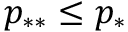
p _ { * * } \leq p _ { * }